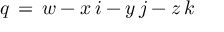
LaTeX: ~ q \, = \, w - x \, i - y \, j - z \, k